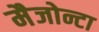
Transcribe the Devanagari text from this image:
मैजोन्टा